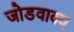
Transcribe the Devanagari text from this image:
जोडवाक्य